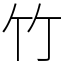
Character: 竹